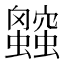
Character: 𲀑